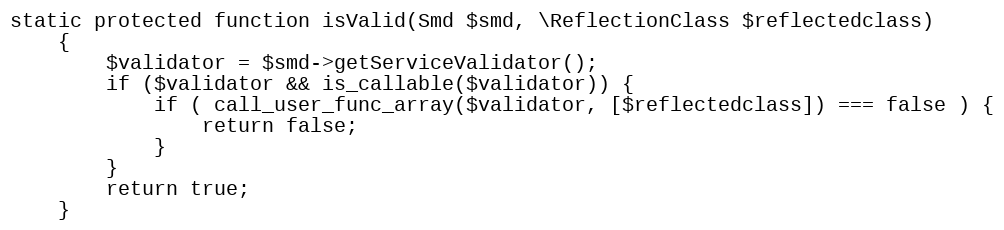
Language: PHP
static protected function isValid(Smd $smd, \ReflectionClass $reflectedclass)
    {
        $validator = $smd->getServiceValidator();
        if ($validator && is_callable($validator)) {
            if ( call_user_func_array($validator, [$reflectedclass]) === false ) {
                return false;
            }
        }
        return true;
    }